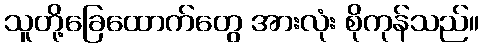
သူတို့ခြေထောက်တွေ အားလုံး စိုကုန်သည်။